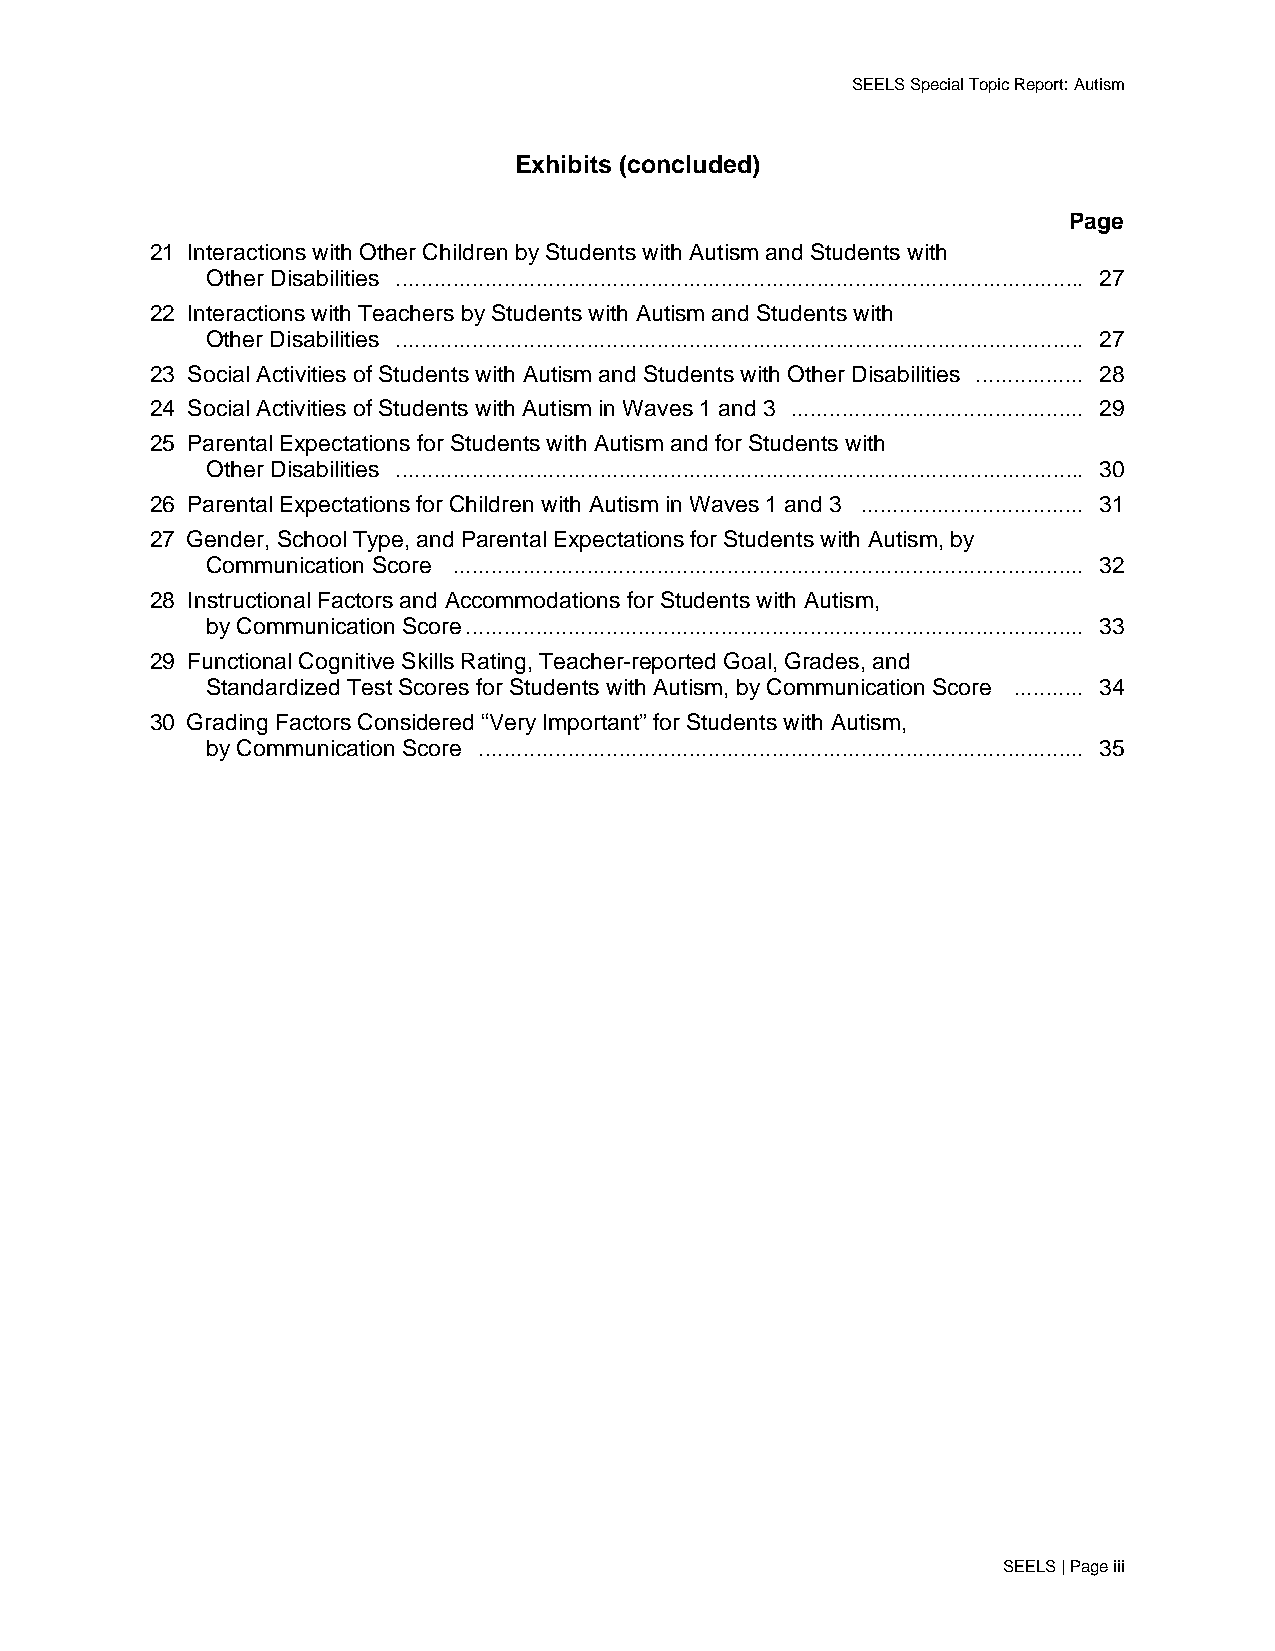
SEELS Special Topic Report: Autism
 Exhibits (concluded)
 Page
 21 Interactions with Other Children by Students with Autism and Students with
 Other Disabilities ............................................................................................................ 27
 22 Interactions with Teachers by Students with Autism and Students with
 Other Disabilities ............................................................................................................ 27
 23 Social Activities of Students with Autism and Students with Other Disabilities ................. 28
 24 Social Activities of Students with Autism in Waves 1 and 3 .............................................. 29
 25 Parental Expectations for Students with Autism and for Students with
 Other Disabilities ............................................................................................................ 30
 26 Parental Expectations for Children with Autism in Waves 1 and 3 ................................... 31
 27 Gender, School Type, and Parental Expectations for Students with Autism, by
 Communication Score ................................................................................................... 32
 28 Instructional Factors and Accommodations for Students with Autism,
 by Communication Score................................................................................................. 33
 29 Functional Cognitive Skills Rating, Teacher-reported Goal, Grades, and
 Standardized Test Scores for Students with Autism, by Communication Score ........... 34
 30 Grading Factors Considered “Very Important” for Students with Autism,
 by Communication Score ............................................................................................... 35
 SEELS | Page iii